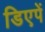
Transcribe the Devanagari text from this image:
डिएपें